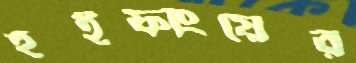
হুইফাংয়ের